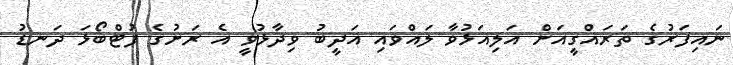
ނައިފަރުގެ ތަރައްގީއަށް އަލިއަޅުވާ ލައްވައި އަދީބު ވިދާޅުވީ އެ ރަށުގެ ފުޓްބޯޅަ ދަނޑު